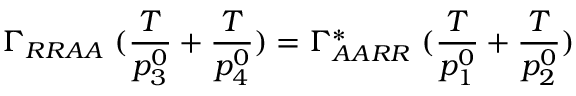
\Gamma _ { R R A A } \ ( { \frac { T } { p _ { 3 } ^ { 0 } } } + { \frac { T } { p _ { 4 } ^ { 0 } } } ) = \Gamma _ { A A R R } ^ { * } \ ( { \frac { T } { p _ { 1 } ^ { 0 } } } + { \frac { T } { p _ { 2 } ^ { 0 } } } )